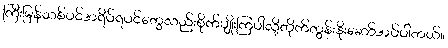
ကြီးမြန်သစ်ပင်အရိပ်ရပင်တွေလည်းစိုက်ပျိုးကြပါလို့တိုက်တွန်းနိုးဆော်အပ်ပါတယ်။